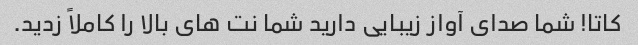
کاتا! شما صدای آواز زیبایی دارید شما نت های بالا را کاملاً زدید.